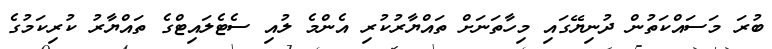
ބުރަ މަސައްކަތުން ދުނިޔޭގައި މިހާތަނަށް ތައްޔާރުކުރި އެންމެ ލުއި ސެޓެލައިޓްގެ ތައްޔާރު ކުރިކަމުގެ